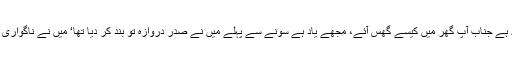
’ یہ کیا طریقہ ہے جناب آپ گھر میں کیسے گھس آئے، مجھے یاد ہے سونے سے پہلے میں نے صدر دروازہ تو بند کر دیا تھا‘ میں نے ناگواری سے سوال کیا۔